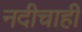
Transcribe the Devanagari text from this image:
नदीचाही